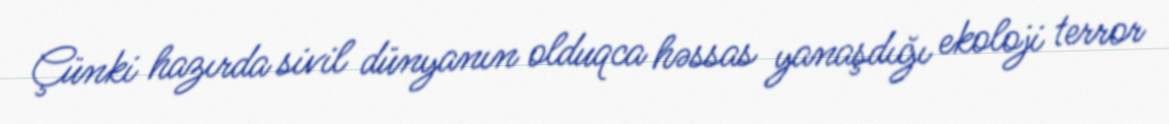
Çünki hazırda sivil dünyanın olduqca həssas yanaşdığı ekoloji terror